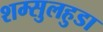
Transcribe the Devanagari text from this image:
शम्सुलहुडा